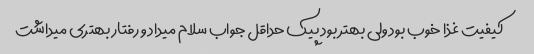
کیفیت غذا خوب بود ولی بهتر بود پیک حداقل جواب سلام میداد و رفتار بهتری میداشت